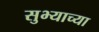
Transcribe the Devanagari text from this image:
सुभ्याच्या